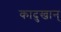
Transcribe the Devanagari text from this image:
कादुखान्